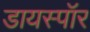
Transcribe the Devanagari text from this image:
डायस्पॉर